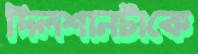
দিলশানটাকে